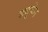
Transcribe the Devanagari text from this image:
ड्यूकेन